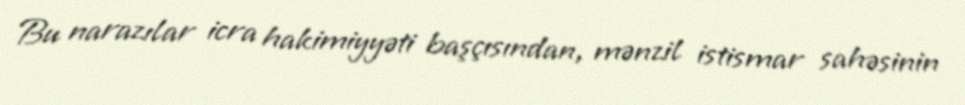
Bu narazılar icra hakimiyyəti başçısından, mənzil istismar sahəsinin